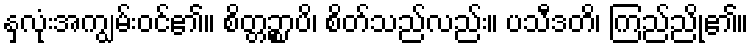
နှလုံးအကျွမ်းဝင်၏။ စိတ္တဉ္စာပိ၊ စိတ်သည်လည်း။ ပသီဒတိ၊ ကြည်ညို၏။